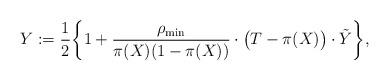
LaTeX: \begin{align*}Y := \frac{1}{2}\biggl\{1 + \frac{\rho_{\min}}{\pi(X)(1-\pi(X))}\cdot\bigl(T-\pi(X)\bigr)\cdot\tilde{Y}\biggr\},\end{align*}